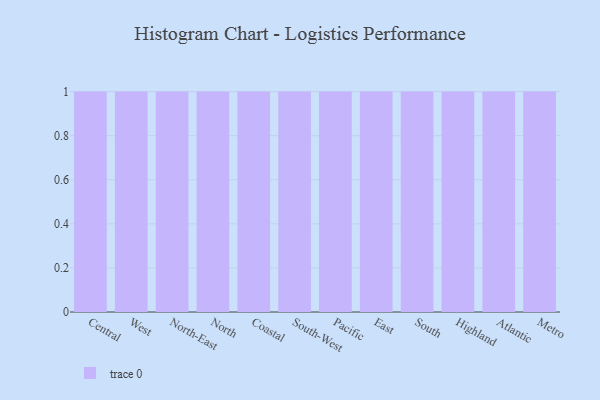
{"axis": {"x": "Region", "y": "Page Views"}, "legend": [""], "data": [{"x": "Central", "y": 57, "type": ""}, {"x": "West", "y": 7, "type": ""}, {"x": "North-East", "y": 28, "type": ""}, {"x": "North", "y": 28, "type": ""}, {"x": "Coastal", "y": 19, "type": ""}, {"x": "South-West", "y": 12, "type": ""}, {"x": "Pacific", "y": 20, "type": ""}, {"x": "East", "y": 13, "type": ""}, {"x": "South", "y": 86, "type": ""}, {"x": "Highland", "y": 28, "type": ""}, {"x": "Atlantic", "y": 66, "type": ""}, {"x": "Metro", "y": 50, "type": ""}]}